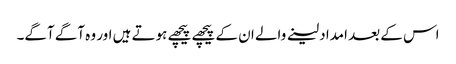
اس کے بعد امداد لینے والے ان کے پیچھے پیچھے ہوتے ہیں اور وہ آگے آگے۔